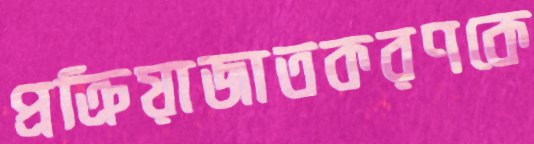
প্রক্রিয়াজাতকরণকে